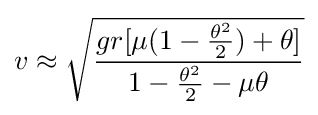
v\approx {\sqrt {\frac {gr[\mu (1-{\frac {\theta ^{2}}{2}})+\theta ]}{1-{\frac {\theta ^{2}}{2}}-\mu \theta }}}